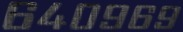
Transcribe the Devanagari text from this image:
६४०९६९